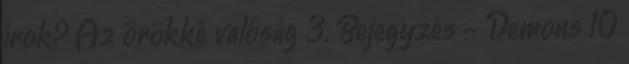
írok? Az örökké valóság 3. Bejegyzés - Demons 10